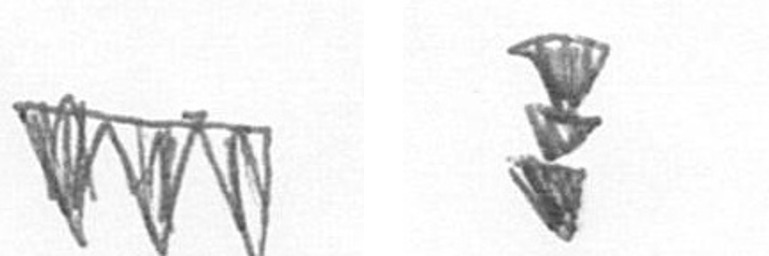
L E